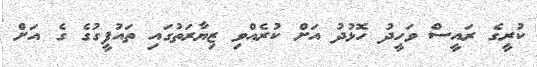
ކުރީގެ ރައީސް ވަހީދު ހޮޅުދު އަށް ކުރެއްވި ޒިޔާރަތުގައި ތައުފީގުގެ ގެ އަށް